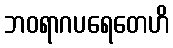
ဘဝရာဂပရေတေဟိ